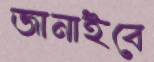
জানাইবে